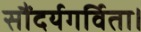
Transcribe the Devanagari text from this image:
सौंदर्यगर्विता।